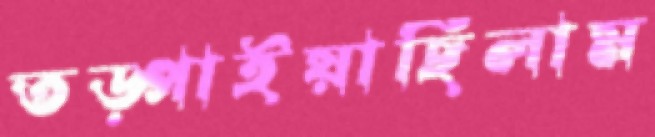
তড়্‌পাইয়াছিলাম